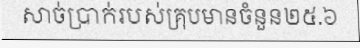
សាច់ប្រាក់របស់គ្រុបមានចំនួន២៥.៦